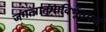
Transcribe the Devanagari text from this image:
जगत्त्रातुमाविर्भूतमजं